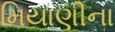
મિયાણીના